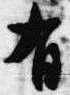
有